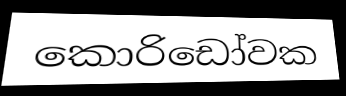
කොරිඩෝවක